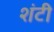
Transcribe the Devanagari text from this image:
शंटी